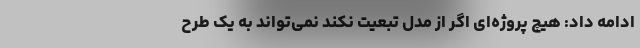
ادامه داد: هیچ پروژه‌ای اگر از مدل تبعیت نکند نمی‌تواند به یک طرح